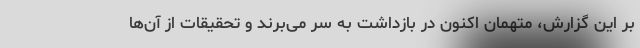
بر این گزارش، متهمان اکنون در بازداشت به سر می‌برند و تحقیقات از آن‌ها